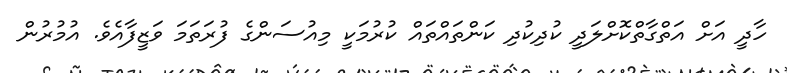
ހާދީ އަށް އަތްގާތްކޮށްލަދީ ކުދިކުދި ކަންތައްތައް ކުރުމަކީ މިއުސަންގެ ފުރަތަމަ ވަޒީފާއެވެ. އުމުރުން